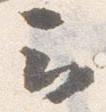
云